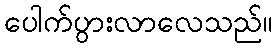
ပေါက်ပွားလာလေသည်။